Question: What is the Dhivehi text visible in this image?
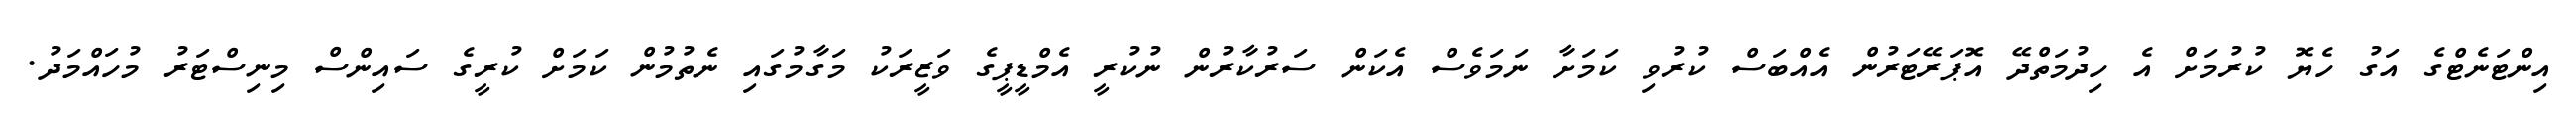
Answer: އިންޓަނެޓްގެ އަގު ހެޔޮ ކުރުމަށް އެ ހިދުމަތްދޭ އޮޕަރޭޓަރުން އެއްބަސް ކުރުވި ކަމަށާ ނަމަވެސް އެކަން ސަރުކާރުން ނުކުރީ އެމްޑީޕީގެ ވަޒީރަކު މަގާމުގައި ނެތުމުން ކަމަށް ކުރީގެ ސައިންސް މިނިސްޓަރު މުހައްމަދު.